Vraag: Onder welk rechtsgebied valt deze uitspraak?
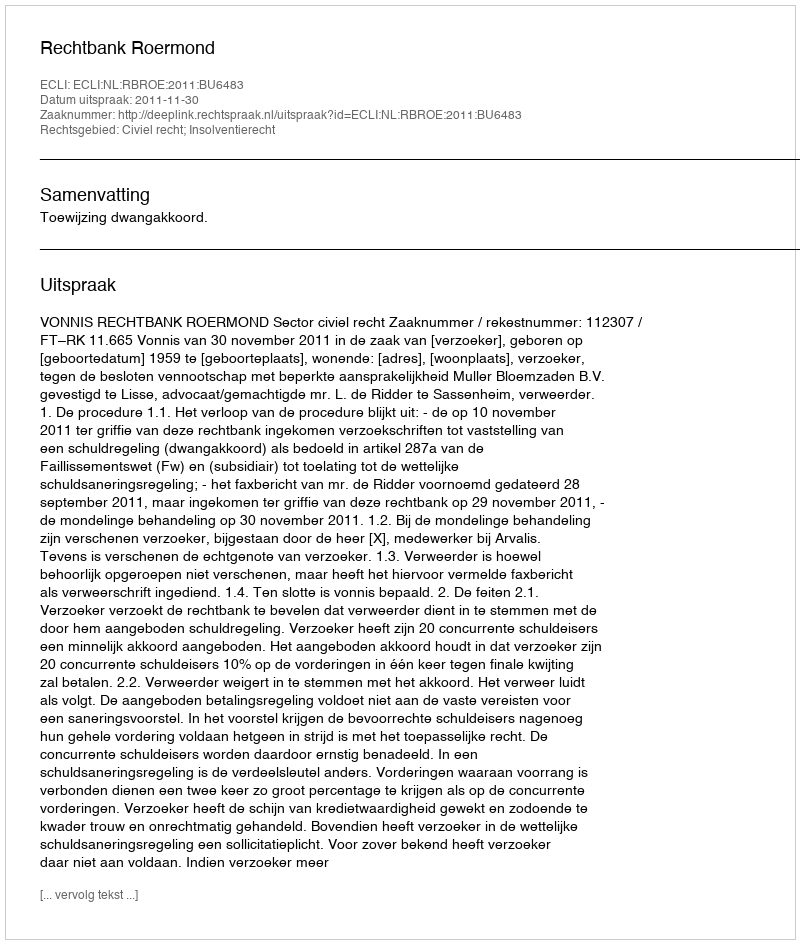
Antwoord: Civiel recht; Insolventierecht